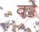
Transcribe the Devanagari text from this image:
वड्डे